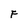
Character: F